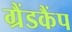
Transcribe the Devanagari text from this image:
ग्रैंडकैंप